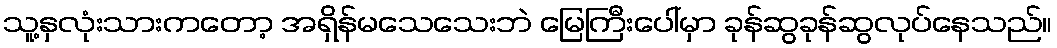
သူ့နှလုံးသားကတော့ အရှိန်မသေသေးဘဲ မြေကြီးပေါ်မှာ ခုန်ဆွခုန်ဆွလုပ်နေသည်။